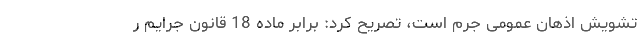
تشویش اذهان عمومی جرم است، تصریح کرد: برابر ماده 18 قانون جرايم ر